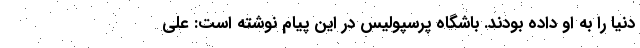
دنیا را به او داده بودند. باشگاه پرسپولیس در این پیام نوشته است: علی